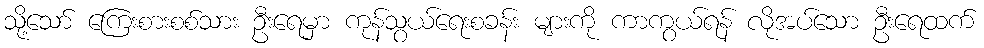
သို့သော် ကြေးစားစစ်သား ဦးရေမှာ ကုန်သွယ်ရေးစခန်း များကို ကာကွယ်ရန် လိုအပ်သော ဦးရေထက်